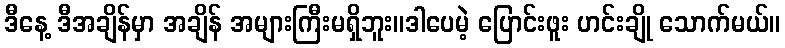
ဒီနေ့ ဒီအချိန်မှာ အချိန် အများကြီးမရှိဘူး။ဒါပေမဲ့ ပြောင်းဖူး ဟင်းချို သောက်မယ်။